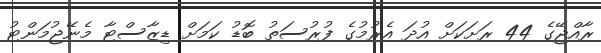
ރާއްޖޭގެ 44 ރަށަކަށް އުދަ އެރުމުގެ ފުރުސަތު ބޮޑު ކަމަށް ޑިޒާސްޓާ މެނޭޖުމަންޓު